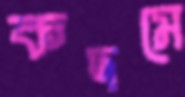
কদমে